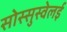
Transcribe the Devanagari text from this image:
सोस्सुस्वेलई